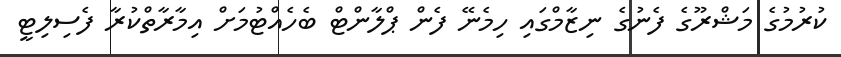
ކުރުމުގެ މަޝްރޫގެ ފެނުގެ ނިޒާމްގައި ހިމެނޭ ފެން ޕްލާންޓް ބެހެއްޓުމަށް އިމާރާތްކުރާ ފެސިލިޓީ